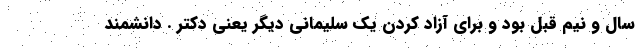
سال و نیم قبل بود و برای آزاد کردن یک سلیمانی دیگر یعنی دکتر . دانشمند